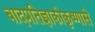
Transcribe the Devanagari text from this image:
बादप्रतिज्ञाकोकृष्णासे